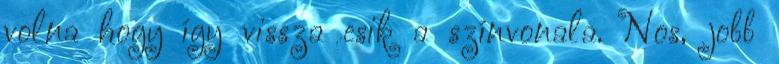
volna hogy így vissza esik a színvonala. Nos, jobb